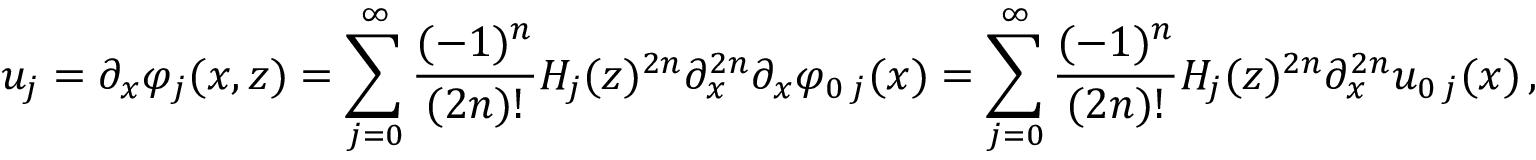
u _ { j } = \partial _ { x } \varphi _ { j } ( x , z ) = \sum _ { j = 0 } ^ { \infty } \frac { ( - 1 ) ^ { n } } { ( 2 n ) ! } H _ { j } ( z ) ^ { 2 n } \partial _ { x } ^ { 2 n } \partial _ { x } \varphi _ { 0 \, j } ( x ) = \sum _ { j = 0 } ^ { \infty } \frac { ( - 1 ) ^ { n } } { ( 2 n ) ! } H _ { j } ( z ) ^ { 2 n } \partial _ { x } ^ { 2 n } u _ { 0 \, j } ( x ) \, ,